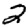
Digit: 2